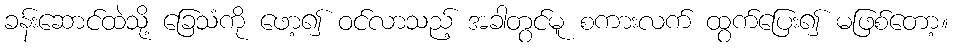
ခန်းဆောင်ထဲသို့ ခြေသံကို ဖော့၍ ဝင်လာသည့် အခါတွင်မူ စကားလက် ထွက်ပြေး၍ မဖြစ်တော့။